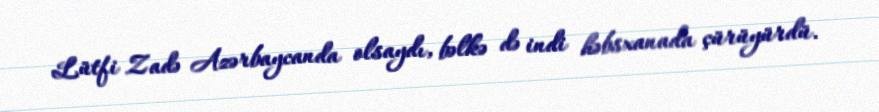
Lütfi Zadə Azərbaycanda olsaydı, bəlkə də indi həbsxanada çürüyürdü.